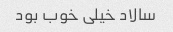
سالاد خیلی خوب بود